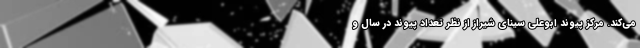
می‌کند. مرکز پیوند ابوعلی سینای شیراز از نظر تعداد پیوند در سال و